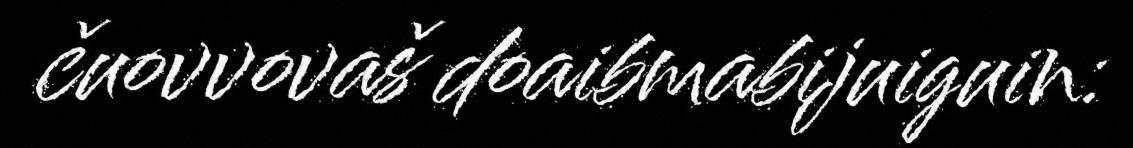
čuovvovaš doaibmabijuiguin: